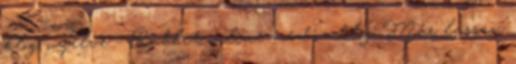
blog nyelve - Rabbit online media blog Már lassan